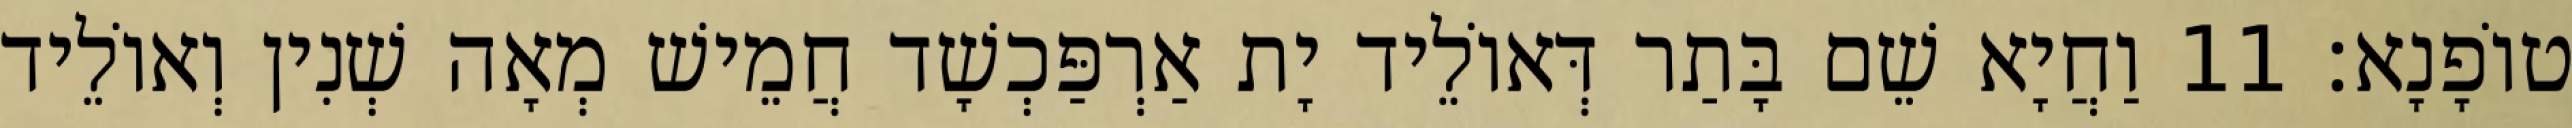
טוֹפָנָא׃ 11 וַחֲיָא שֵׁם בָּתַר דְּאוֹלֵיד יָת אַרְפַּכְשָׁד חֲמֵישׁ מְאָה שְׁנִין וְאוֹלֵיד